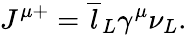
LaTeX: J^{\mu+}=\overline{{{l}}}_{L}\gamma^{\mu}\nu_{L}.